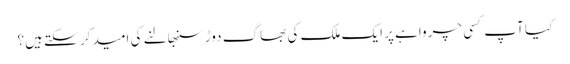
کیا آپ کسی چرواہے پر ایک ملک کی بھاگ دوڑ سنبھالنے کی امید کر سکتے ہیں؟